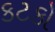
કટકો